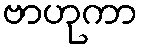
ဗာဟုကာ